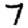
Digit: 7